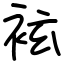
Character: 袨